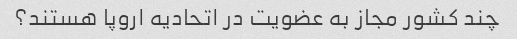
چند کشور مجاز به عضویت در اتحادیه اروپا هستند؟